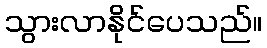
သွားလာနိုင်ပေသည်။